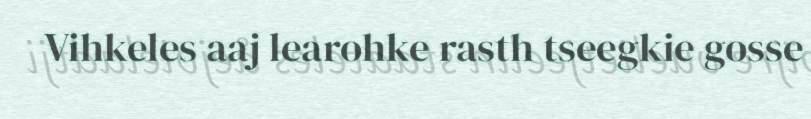
Vihkeles aaj learohke rasth tseegkie gosse